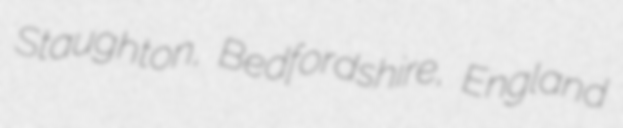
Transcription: Staughton, Bedfordshire, England